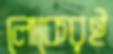
লোকেরই